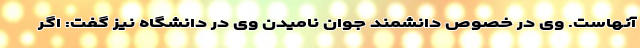
آنهاست. وی در خصوص دانشمند جوان نامیدن وی در دانشگاه نیز گفت: اگر